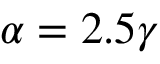
\alpha = 2 . 5 \gamma